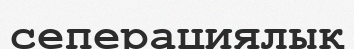
сеперациялық